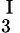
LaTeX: _{3}^{\mathrm{~I~}}